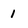
Character: 1